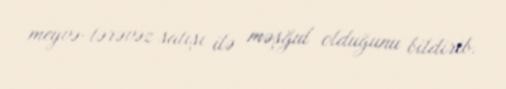
meyvə-tərəvəz satışı ilə məşğul olduğunu bildirib.